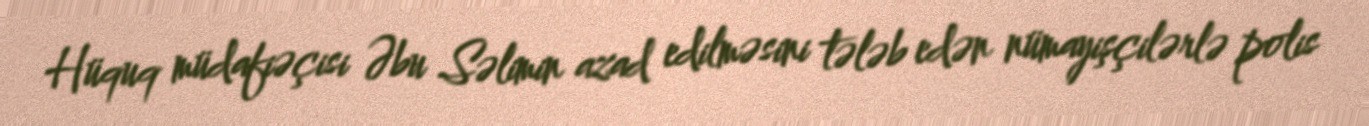
Hüquq müdafiəçisi Əbu Səlimin azad edilməsini tələb edən nümayişçilərlə polis